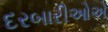
દરબારીઓએ